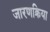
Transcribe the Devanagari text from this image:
जारणक्रिया